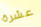
عشرة